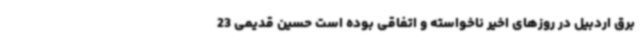
برق اردبیل در روزهای اخیر ناخواسته و اتفاقی بوده است حسین قدیمی 23